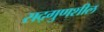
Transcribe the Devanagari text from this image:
सद्गुणशील